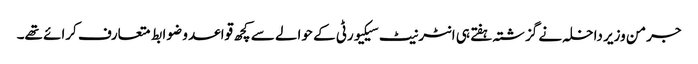
جرمن وزیر داخلہ نے گزشتہ ہفتے ہی انٹرنیٹ سیکیورٹی کے حوالے سے کچھ قواعد و ضوابط متعارف کرائے تھے۔